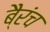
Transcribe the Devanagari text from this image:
बै्रंच